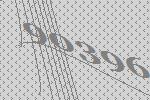
90396